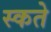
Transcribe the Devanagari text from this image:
स्कते